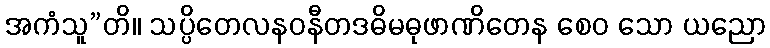
အကံသူ”တိ။ သပ္ပိတေလနဝနီတဒဓိမဓုဖာဏိတေန စေဝ သော ယညော